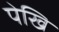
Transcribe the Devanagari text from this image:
पेखि